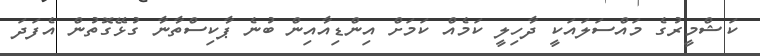
ކަޝްމީރުގެ މައްސަލައަކީ ދާހިލީ ކަމެއް ކަމަށް އިންޑިއާއިން ބުނެ ޕާކިސްތާނާ ގުޅޭގޮތުން އެފަދަ